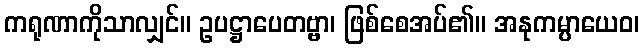
ကရုဏာကိုသာလျှင်။ ဥပဋ္ဌာပေတဗ္ဗာ၊ ဖြစ်စေအပ်၏။ အနုကမ္ပာယေဝ၊